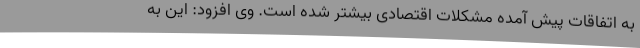
به اتفاقات پیش آمده مشکلات اقتصادی بیشتر شده است. وی افزود: این به